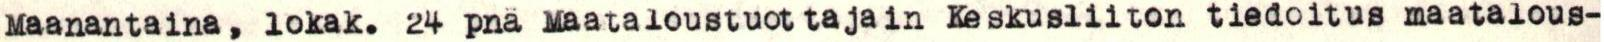
Maanantaina, lokak. 24 pnä Maataloustuottajain Keskusliiton tiedoitus maatalous-